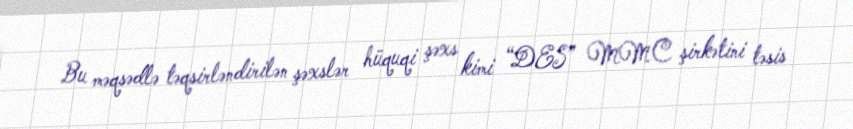
Bu məqsədlə təqsirləndirilən şəxslər hüquqi şəxs kimi “DES” MMC şirkətini təsis